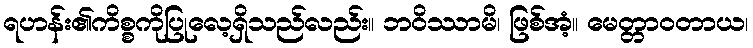
ရဟန်း၏ကိစ္စကိုပြုလေ့ရှိသည်လည်း။ ဘဝိဿာမိ၊ ဖြစ်အံ့။ မေတ္တာဝတာယ၊